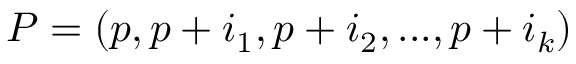
P = ( p , p + i _ { 1 } , p + i _ { 2 } , . . . , p + i _ { k } )